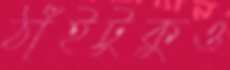
ঠাঁইটুকুও